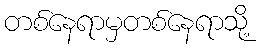
တစ်နေရာမှတစ်နေရာသို့